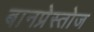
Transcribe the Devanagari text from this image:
बानप्रेस्तोज